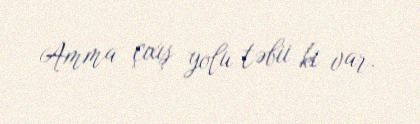
Amma çıxış yolu təbii ki var.